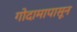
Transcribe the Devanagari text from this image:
गोदामापासून